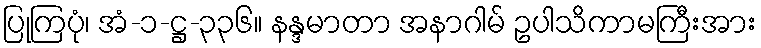
ပြုကြပုံ၊ အံ-၁-ဋ္ဌ-၃၃၆။ နန္ဒမာတာ အနာဂါမ် ဥပါသိကာမကြီးအား